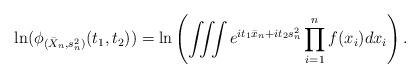
LaTeX: \begin{align*}\ln( \phi_{(\bar X_n,s_n^2)}(t_1, t_2) ) = \ln \left( \iiint e^{i t_1 \bar x_n + i t_2 s_n^2} \prod_{i=1}^n f(x_i) dx_i \right).\end{align*}